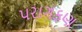
પરાગકણ